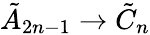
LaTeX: {\tilde{A}}_{2n-1}\to{\tilde{C}}_{n}